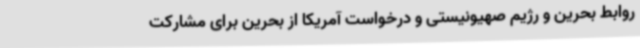
روابط بحرین و رژیم صهیونیستی و درخواست آمریکا از بحرین برای مشارکت